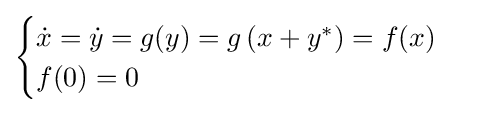
{\begin{cases}{\dot {x}}={\dot {y}}=g(y)=g\left(x+y^{*}\right)=f(x)\\f(0)=0\end{cases}}